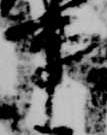
事